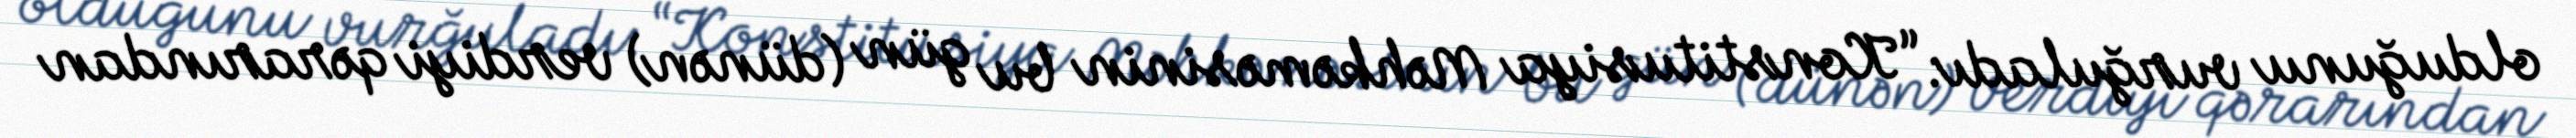
olduğunu vurğuladı: “Konstitusiya Məhkəməsinin bu gün (dünən) verdiyi qərarından